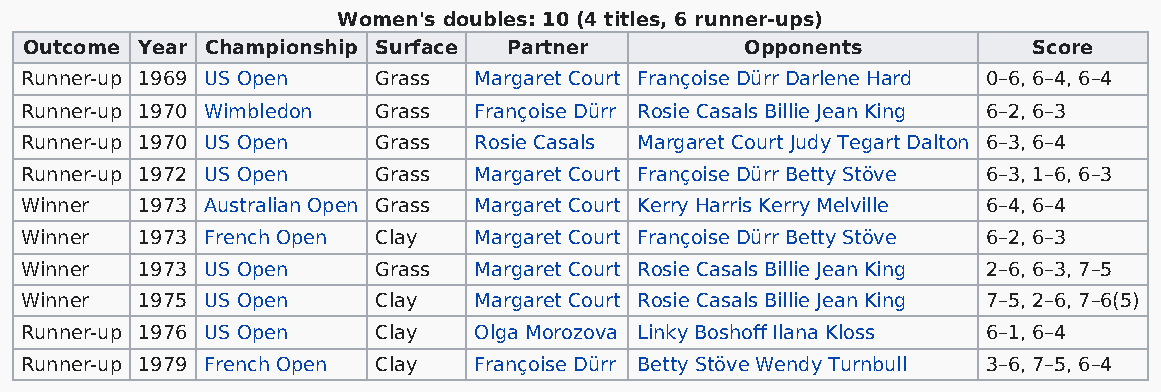
Women's doubles: 10 (4 titles, 6 runner-ups)
 Outcome Year Championship Surface Partner      Opponents          Score
 Runner-up 1969 US Open  Grass Margaret Court Françoise Dürr Darlene Hard 0–6, 6–4, 6–4
 Runner-up 1970 Wimbledon Grass Françoise Dürr Rosie Casals Billie Jean King 6–2, 6–3
 Runner-up 1970 US Open  Grass Rosie Casals Margaret Court Judy Tegart Dalton 6–3, 6–4
 Runner-up 1972 US Open  Grass Margaret Court Françoise Dürr Betty Stöve 6–3, 1–6, 6–3
 Winner  1973 Australian Open Grass Margaret Court Kerry Harris Kerry Melville 6–4, 6–4
 Winner  1973 French Open Clay Margaret Court Françoise Dürr Betty Stöve 6–2, 6–3
 Winner  1973 US Open    Grass Margaret Court Rosie Casals Billie Jean King 2–6, 6–3, 7–5
 Winner  1975 US Open    Clay  Margaret Court Rosie Casals Billie Jean King 7–5, 2–6, 7–6(5)
 Runner-up 1976 US Open  Clay  Olga Morozova Linky Boshoff Ilana Kloss 6–1, 6–4
 Runner-up 1979 French Open Clay Françoise Dürr Betty Stöve Wendy Turnbull 3–6, 7–5, 6–4